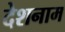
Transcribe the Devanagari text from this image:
देशनाम